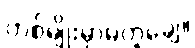
တစ်မျိုးမှာမတူချေ။